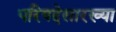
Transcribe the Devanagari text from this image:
परिषदेसारख्या